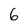
Character: 6